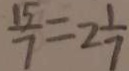
\frac { 1 5 } { 7 } = 2 \frac { 1 } { 7 }